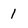
Character: 1